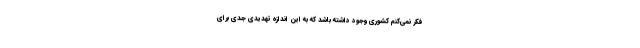
فکر نمی‌کنم کشوری وجود داشته باشد که به این اندازه تهدیدی جدی برای